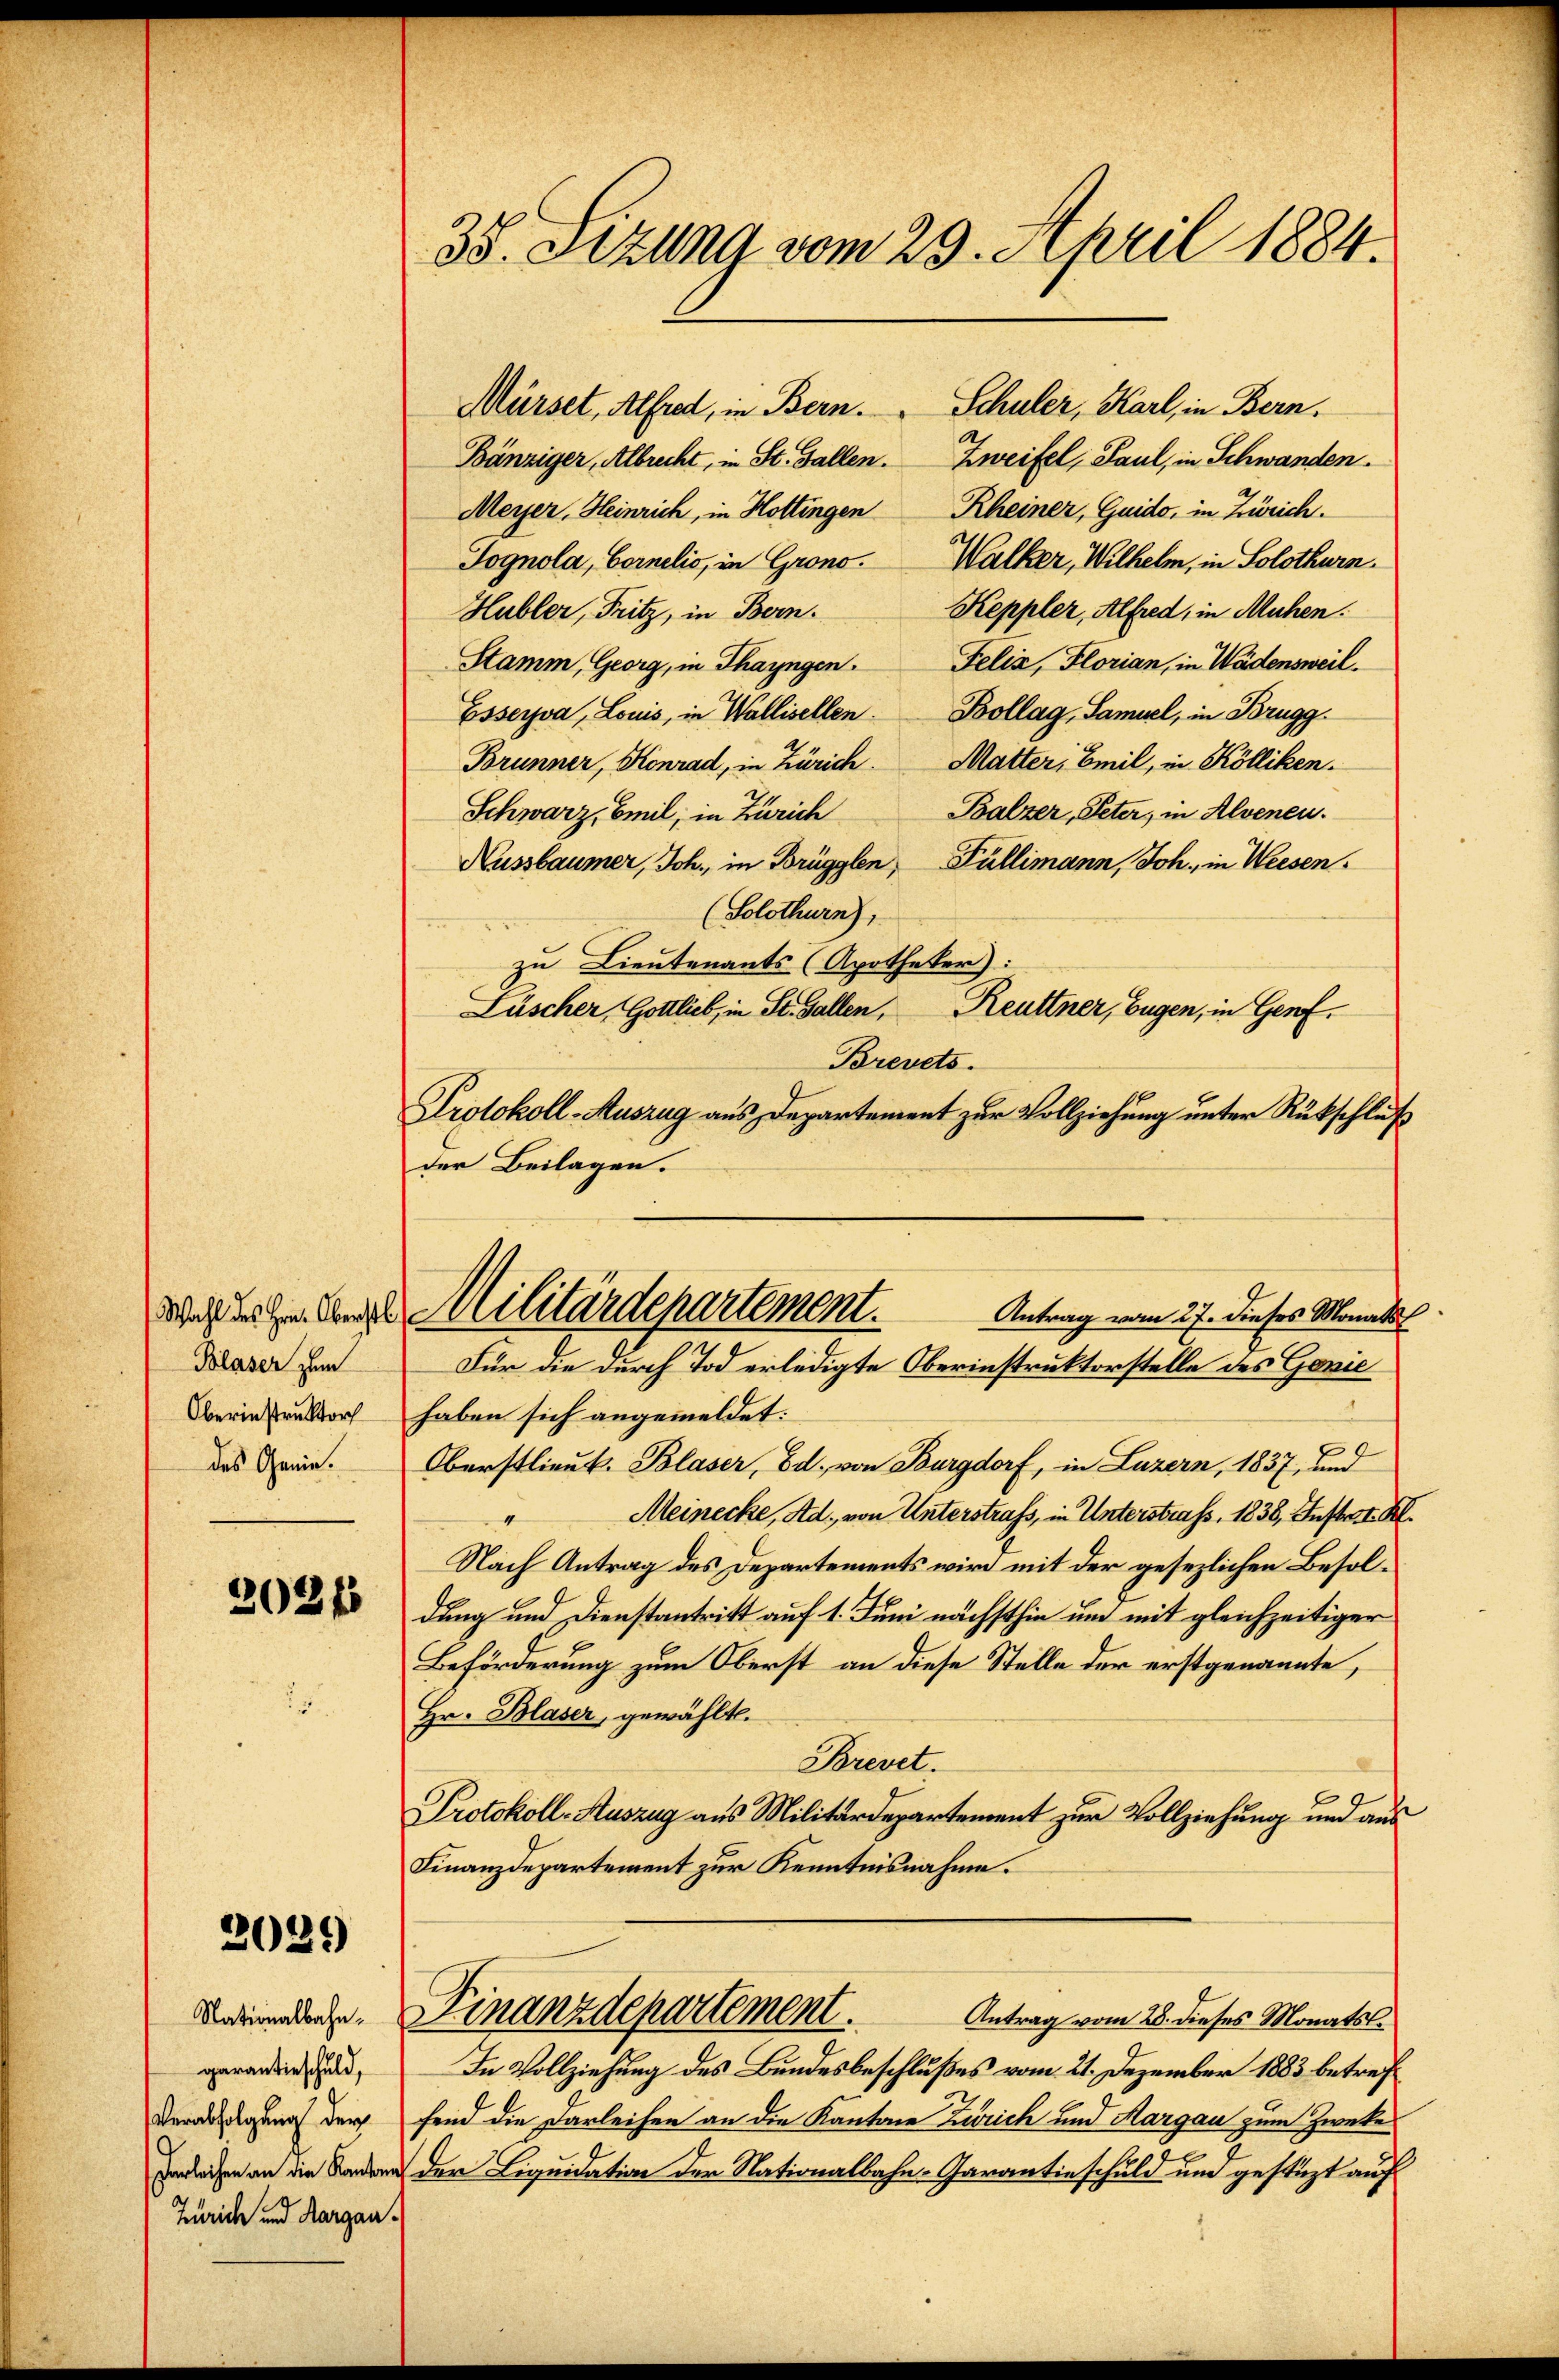
Blaser zum
Oberinstruktor
des Genie.

2021

2029

Nationalbahngarantieschuld,
Verabfolgung der
Zürich und Aargau.

38. Sitzung vom 29. April 1884.

Mürset, Alfred, in Bern. Schuler, Karl, in Bern.
Bänziger, Albrecht, in St. Gallen. Zweifel, Paul, in Schwanden.
Meyer, Heinrich, in Hottingen Rheiner, Guido, in Zürich.
Jognola, Cornelis, in Grono. Walker, Wilhelm, in Solothurn.
Keppler, Alfred, in Mühen.
Hubler, Fritz, in Bern.
Stamm, Georg, in Thayngen. Felix, Florian, in Wädensweil.
Esserva, Louis, in Wallisellen. Bollag, Samuel, in Brugg
Brunner, Konrad, in Zürich. Matter, Emil, in Kölliken.
Schwarz, Emil, in Zürich Balzer, Peter, in Alvenen.
Aussbaumer, Joh., in Brügglen, Füllimann, Joh. in Weesen.
(Solothurn),
zu Lieutenants (Apotheker):
Lüscher, Gottlieb, in St. Gallen, Reuttner, Eugen, in Genf.
Brevets.
Protokoll-Auszug aus Departement zur Vollziehung unter Rückschluß
der Beilagen.
ddoch lege des Militärdepartement.
Antrag vom 27. dieses Monats
Für die durch Tod erledigte Oberinstruktorstelle des Gonie
haben sich angemeldet:
F
Oberstlieut. Blaser, Ed. von Burgdorf, in Luzern, 1837, und
Meinecke, Ad. von Unterstrafs, in Unterstrafs, 1838, Instrat Kl.
Nach Antrag des Departements wird mit der gesezlichen Besoldung und Dienstantritt auf 1. Juni nächsthie um mit gleichzeitiger
Beförderung zum Oberst an diese Stelle der erstgenannte,
Hr. Blaser, gewählt.
Brevet.
Protokoll-Auszug aus Militärdepartement zur Vollziehung und aus
Finanzdepartement zur Kenntnisnahme.
Finanzdepartement.
Antrag vom 28. dieses Monats¬
In Vollziehung des Bundesbeschlußes vom 21. Dezember 1883 betreffend die Darleihen an die Kantone Zürich und Margau zum Zwecke
Berechen an die Landern der Liquidation der Nationalbahn-Garantieschuld und gestüzt auf